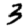
Digit: 3